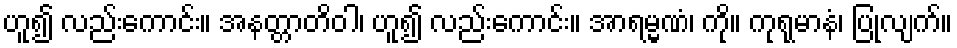
ဟူ၍ လည်းကောင်း။ အနတ္တာတိဝါ၊ ဟူ၍ လည်းကောင်း။ အာရမ္မဏံ၊ ကို။ ကုရုမာနံ၊ ပြုလျက်။